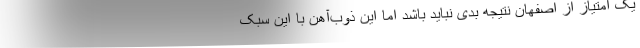
یک امتیاز از اصفهان نتیجه بدی نباید باشد اما این ذوب‌آهن با این سبک